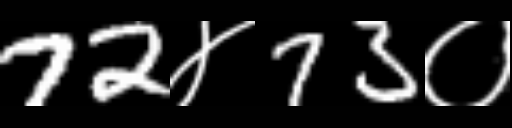
Text: 72४73०